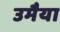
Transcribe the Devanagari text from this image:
उमैया